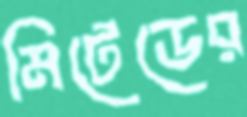
মিটেডের